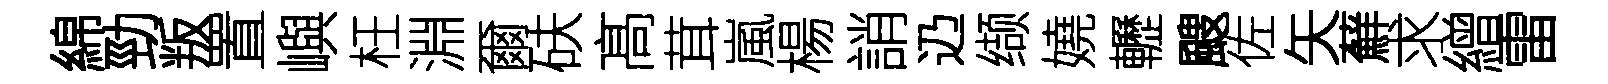
綿勁叛置嶼枉淵爾砆髙茸嵐楊誚辸缬嬈轣颼佐矢蘚求繒雷